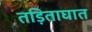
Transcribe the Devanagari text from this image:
तड़िताघात